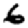
Digit: 6